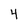
Character: 4